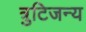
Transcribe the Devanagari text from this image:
त्रुटिजन्य